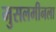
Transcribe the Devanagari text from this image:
मुसलमीनला